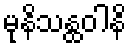
မုနိသန္ထဝါနိ